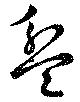
盆